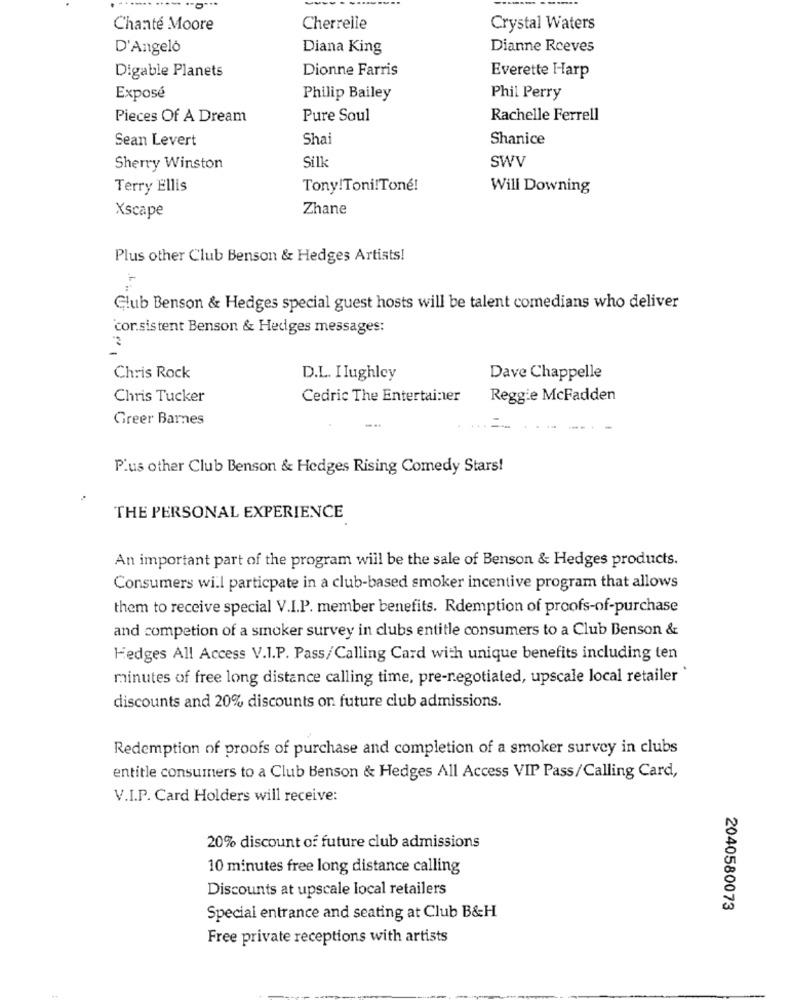
Chanté Moore
Cherrelle
Crystal Waters
D'Angelo
Diana King
Dianne Reeves
Digable Planets
Dionne Farris
Everette Harp
Exposé
Philip Bailey
Phil Perry
Pieces Of A Dream
Pure Soul
Rachelle Ferrell
Sean Levert
Shai
Shanice
Silk
SWV
Sherry Winston
Terry Ellis
Tony!Toni!Toné!
Will Downing
Zhane
Xscape
Plus other Club Benson & Hedges Artists!
Club Benson & Hedges special guest hosts will be talent comedians who deliver
cor.sistent Benson & Hedges messages:
2
Chris Rock
D.L. I Iughley
Dave Chappelle
Chris Tucker
Cedric The Entertainer
Reggie McFadden
Greer Barnes
Plus other Club Benson & Hedges Rising Comedy Stars!
THE PERSONAL EXPERIENCE
An important part of the program will be the sale of Benson & Hedges products.
Consumers will particpate in a club-based smoker incentive program that allows
them to receive special V.I.P. member benefits. Rdemption of proofs-of-purchase
and competion of a smoker survey in clubs entitle consumers to a Club Benson &
Hedges All Access V.I.P. Pass/Calling Card with unique benefits including ten
minutes of free long distance calling time, pre-negotiated, upscale local retailer '
discounts and 20% discounts on future club admissions.
Redemption of proofs of purchase and completion of a smoker survey in clubs
entitle consumers to a Club Benson & Hedges All Access VIP Pass/Calling Card,
V.I.P. Card Holders will receive:
20% discount of future club admissions
10 minutes free long distance calling
Discounts at upscale local retailers
2040580073
Special entrance and seating at Club B&H
Free private receptions with artists